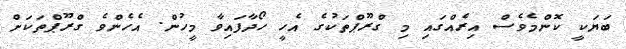
ބަޔަކީ ކޮންމެވެސް އިރެއްގައި މި ގްރޫޕްތަކުގެ އެހީ ހޯދާފައިވާ މީހުން. އެހެންވެ ގްރޫޕްތަކަށް